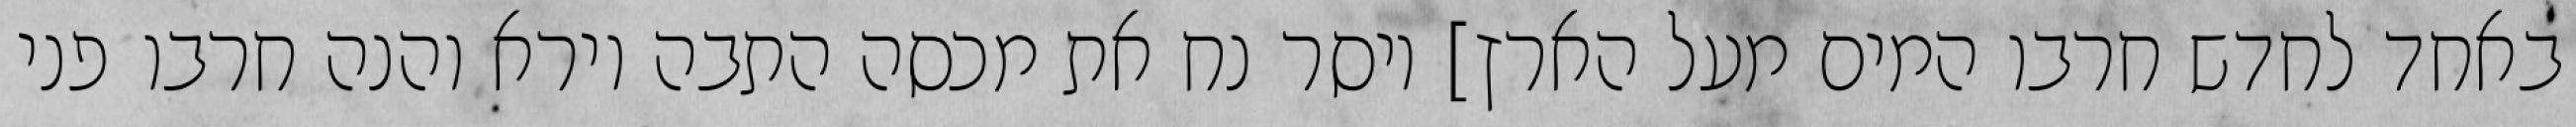
באחד לחדש חרבו המים מעל הארץ] ויסר נח את מכסה התבה וירא והנה חרבו פני